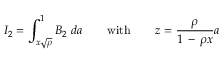
I _ { 2 } = \int _ { x \sqrt { \rho } } ^ { 1 } B _ { 2 } \ d a \qquad \mathrm { w i t h } \qquad { \displaystyle z = { \frac { \rho } { 1 \, - \, \rho x } } a }